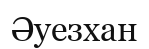
Әуезхан